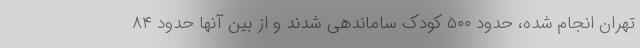
تهران انجام شده، حدود ۵۰۰ کودک ساماندهی شدند و از بین آنها حدود ۸۴